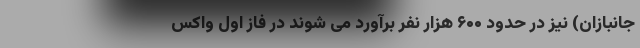
جانبازان) نیز در حدود ۶۰۰ هزار نفر برآورد می شوند در فاز اول واکس